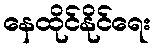
နေထိုင်နိုင်ရေး